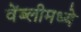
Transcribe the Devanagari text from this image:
वेंब्लीमध्ये